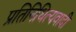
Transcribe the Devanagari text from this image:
प्रतिनिधित्यवादी